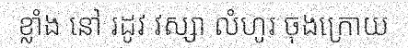
ខ្លាំង នៅ រដូវ វស្សា លំហូរ ចុងក្រោយ